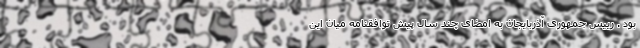
بود . رییس جمهوری آذربایجان به امضای چند سال پیش توافقنامه میان این